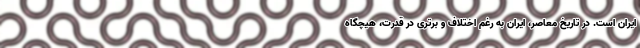
ایران است. در تاریخ معاصر، ایران به رغم اختلاف و برتری در قدرت، هیچگاه